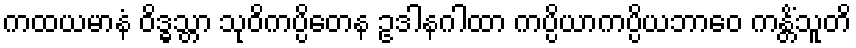
ကထယမာနံ ဝိဒ္ဓသ္တာ သုဝိကပ္ပိတေန ဥဒါနဂါထာ ကပ္ပိယာကပ္ပိယဘာဝေ ကန္တိံသူတိ